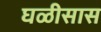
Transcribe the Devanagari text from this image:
घळीसास